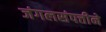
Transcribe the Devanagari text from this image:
जंगलसंपत्तीने